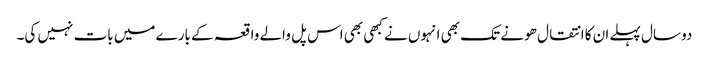
دو سال پہلے ان کا انتقال ھو نے تک بھی انہوں نے کبھی بھی اس پل والے واقعہ کے بارے میں بات نہیں کی۔